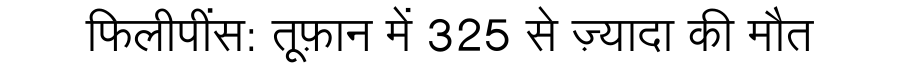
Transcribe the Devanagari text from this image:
फिलीपींस: तूफ़ान में 325 से ज़्यादा की मौत